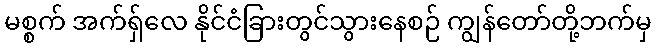
မစ္စက် အက်ရှ်လေ နိုင်ငံခြားတွင်သွားနေစဉ် ကျွန်တော်တို့ဘက်မှ